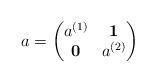
LaTeX: \begin{align*}a=\begin{pmatrix}a^{(1)} & \mathbf{1} \\ \mathbf{0} & a^{(2)}\end{pmatrix}\end{align*}